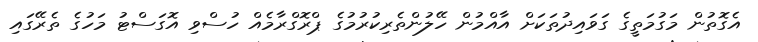
އެގޮތުން މަގުމަތީގެ ގަވައިދުތަކަށް އާއްމުން ހޭލުންތެރިކުރުމުގެ ޕްރޮގްރާމެއް ހުސްވި އޮގަސްޓު މަހުގެ ތެރޭގައި